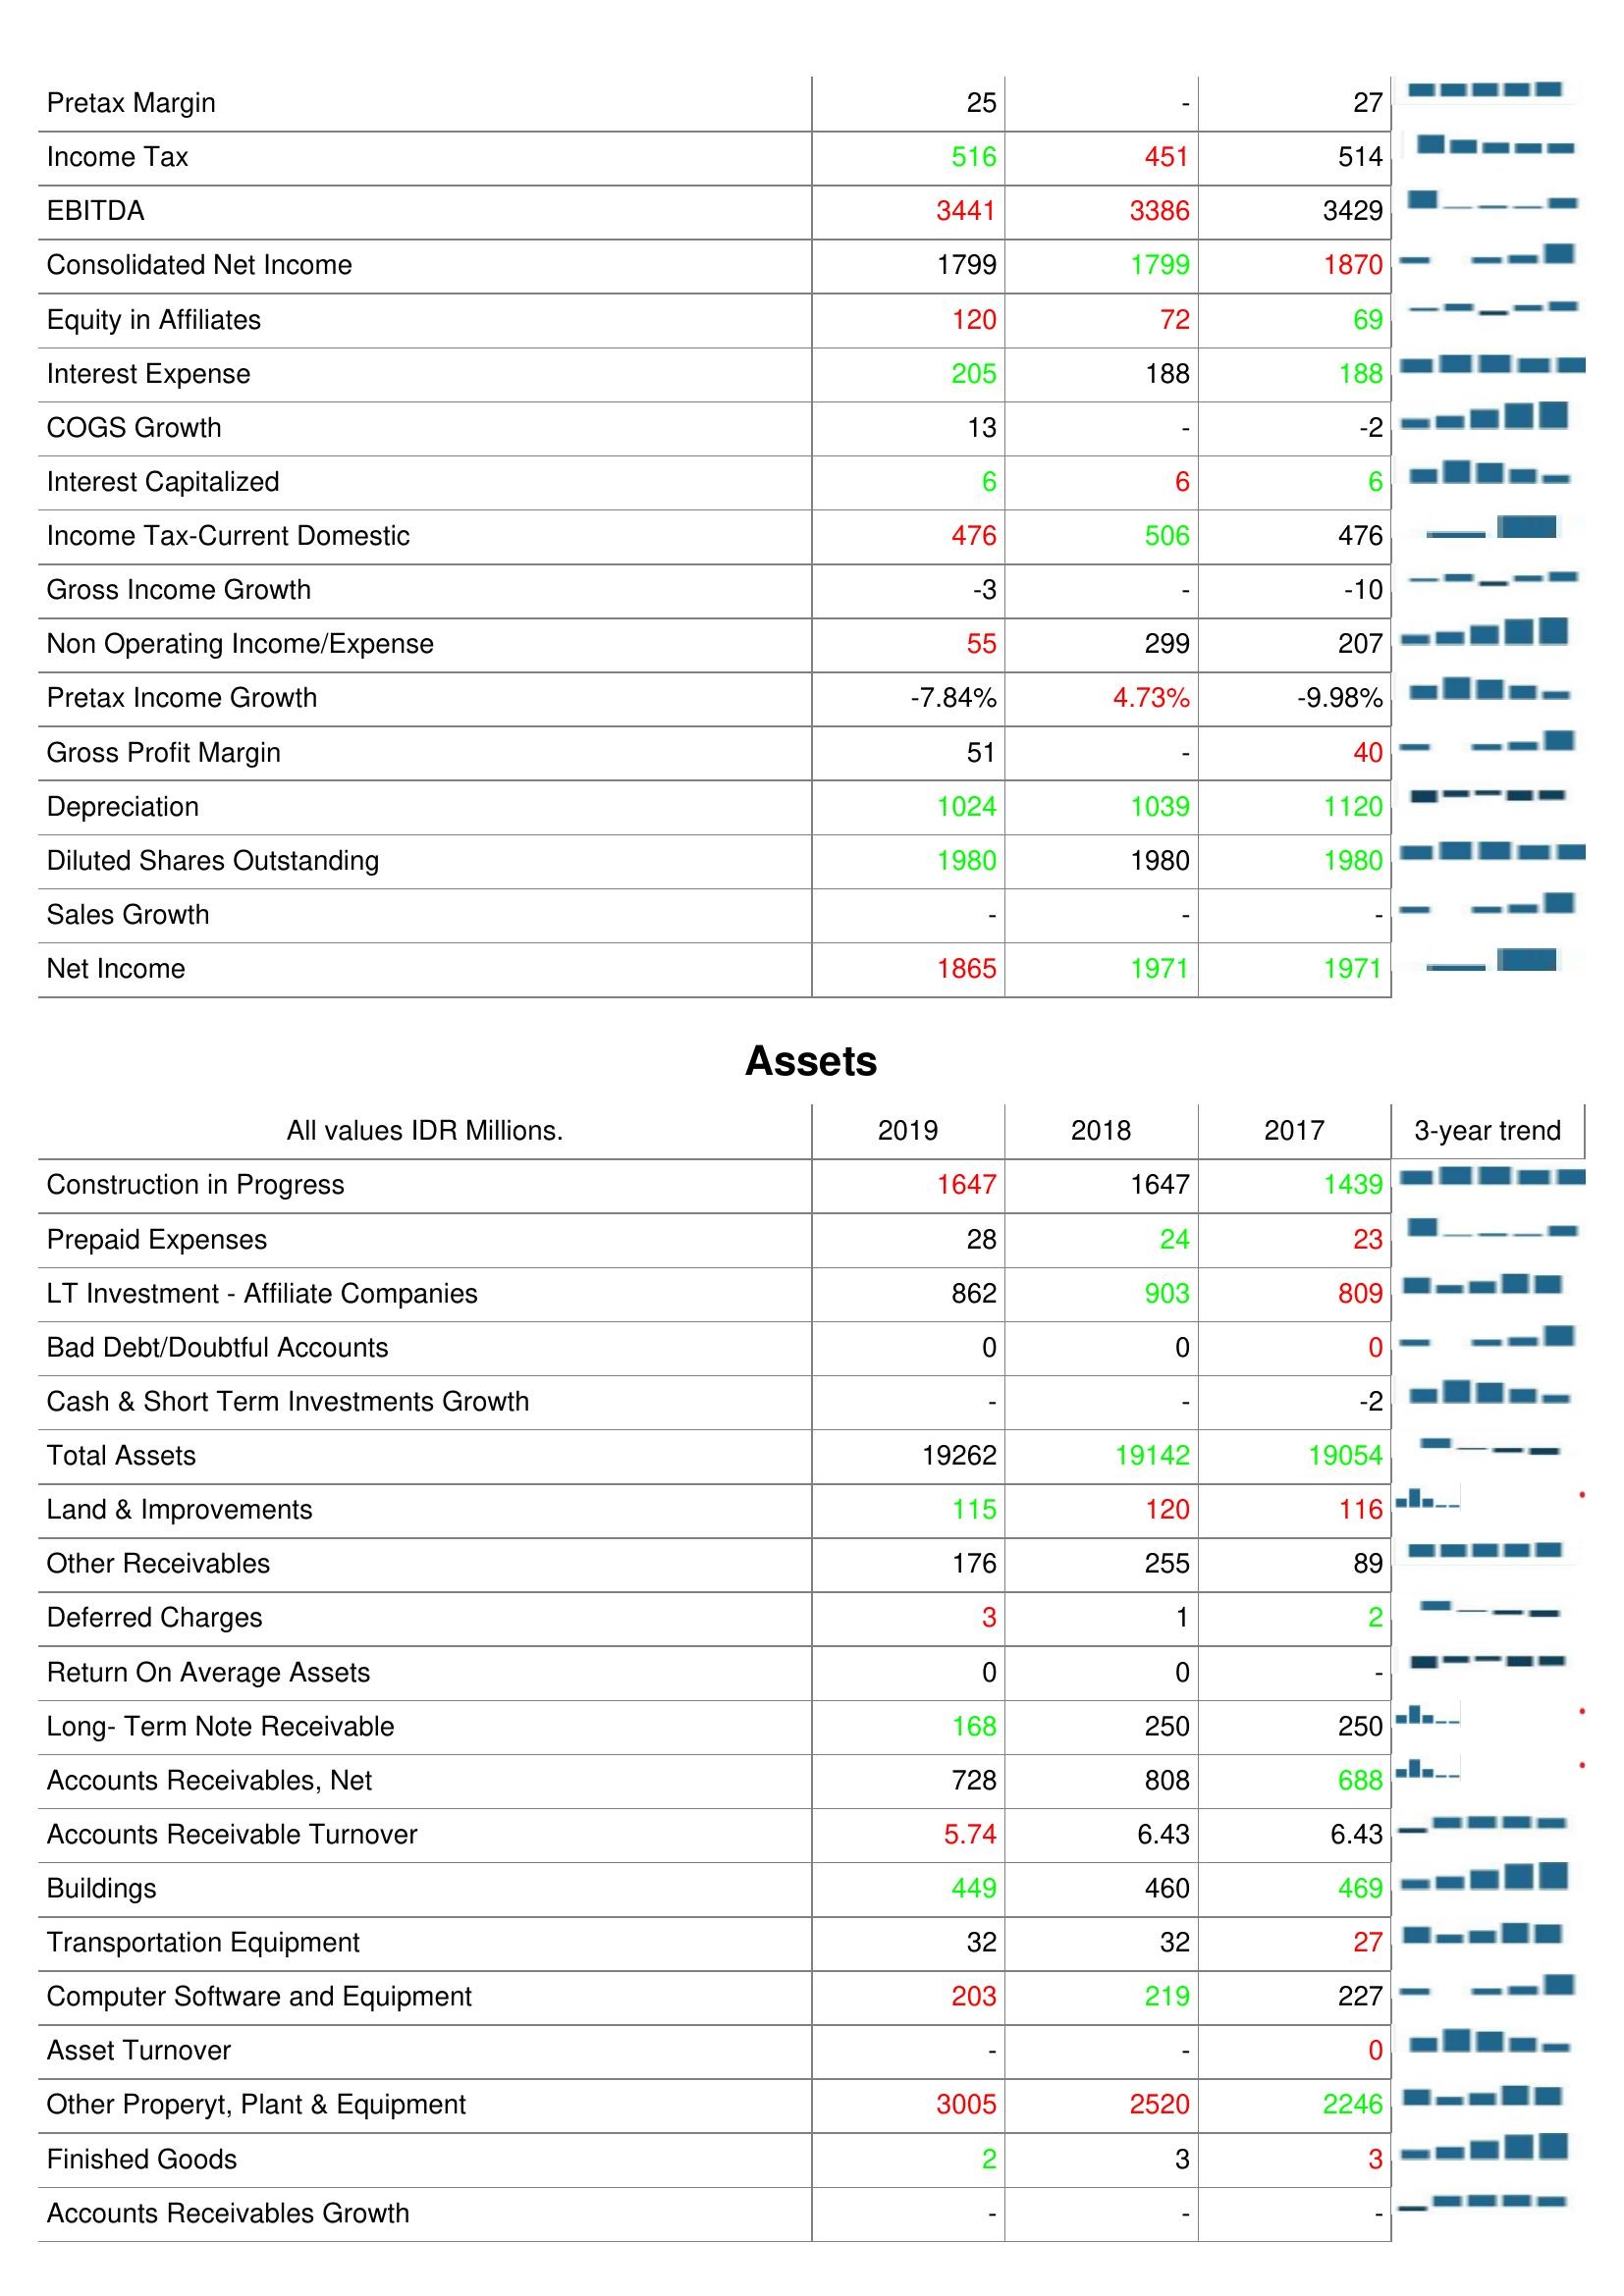
2019: : Pretax Margin: 25
Income Tax: 516
EBITDA: 3441
Consolidated Net Income: 1799
Equity in Affiliates: 120
Interest Expense: 205
COGS Growth: 13
Interest Capitalized: 6
Income Tax-Current Domestic: 476
Gross Income Growth: -3
Non Operating Income/Expense: 55
Pretax Income Growth: -7.84%
Gross Profit Margin: 51
Depreciation: 1024
Diluted Shares Outstanding: 1980
Sales Growth: -
Net Income: 1865
Assets: Construction in Progress: 1647
Prepaid Expenses: 28
LT Investment - Affiliate Companies: 862
Bad Debt/Doubtful Accounts: 0
Cash & Short Term Investments Growth: -
Total Assets: 19262
Land & Improvements: 115
Other Receivables: 176
Deferred Charges: 3
Return On Average Assets: 0
Long- Term Note Receivable: 168
Accounts Receivables, Net: 728
Accounts Receivable Turnover: 5.74
Buildings: 449
Transportation Equipment: 32
Computer Software and Equipment: 203
Asset Turnover: -
Other Properyt, Plant & Equipment: 3005
Finished Goods: 2
Accounts Receivables Growth: -
2018: : Pretax Margin: -
Income Tax: 451
EBITDA: 3386
Consolidated Net Income: 1799
Equity in Affiliates: 72
Interest Expense: 188
COGS Growth: -
Interest Capitalized: 6
Income Tax-Current Domestic: 506
Gross Income Growth: -
Non Operating Income/Expense: 299
Pretax Income Growth: 4.73%
Gross Profit Margin: -
Depreciation: 1039
Diluted Shares Outstanding: 1980
Sales Growth: -
Net Income: 1971
Assets: Construction in Progress: 1647
Prepaid Expenses: 24
LT Investment - Affiliate Companies: 903
Bad Debt/Doubtful Accounts: 0
Cash & Short Term Investments Growth: -
Total Assets: 19142
Land & Improvements: 120
Other Receivables: 255
Deferred Charges: 1
Return On Average Assets: 0
Long- Term Note Receivable: 250
Accounts Receivables, Net: 808
Accounts Receivable Turnover: 6.43
Buildings: 460
Transportation Equipment: 32
Computer Software and Equipment: 219
Asset Turnover: -
Other Properyt, Plant & Equipment: 2520
Finished Goods: 3
Accounts Receivables Growth: -
2017: : Pretax Margin: 27
Income Tax: 514
EBITDA: 3429
Consolidated Net Income: 1870
Equity in Affiliates: 69
Interest Expense: 188
COGS Growth: -2
Interest Capitalized: 6
Income Tax-Current Domestic: 476
Gross Income Growth: -10
Non Operating Income/Expense: 207
Pretax Income Growth: -9.98%
Gross Profit Margin: 40
Depreciation: 1120
Diluted Shares Outstanding: 1980
Sales Growth: -
Net Income: 1971
Assets: Construction in Progress: 1439
Prepaid Expenses: 23
LT Investment - Affiliate Companies: 809
Bad Debt/Doubtful Accounts: 0
Cash & Short Term Investments Growth: -2
Total Assets: 19054
Land & Improvements: 116
Other Receivables: 89
Deferred Charges: 2
Return On Average Assets: -
Long- Term Note Receivable: 250
Accounts Receivables, Net: 688
Accounts Receivable Turnover: 6.43
Buildings: 469
Transportation Equipment: 27
Computer Software and Equipment: 227
Asset Turnover: 0
Other Properyt, Plant & Equipment: 2246
Finished Goods: 3
Accounts Receivables Growth: -